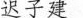
迟子建